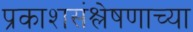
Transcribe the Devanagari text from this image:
प्रकाशसंश्लेषणाच्या